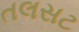
તલસટ